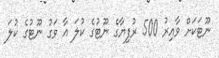
ނޫޓަކަށް ވާއިރު 500 ރުފިޔާގެ ނޫޓުގެ ކުލަ އާ ވަގު ނޫޓުގެ ކުލަ